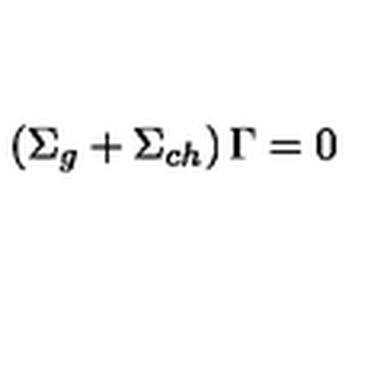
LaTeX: \left( \Sigma _ { g } + \Sigma _ { c h } \right) \Gamma = 0